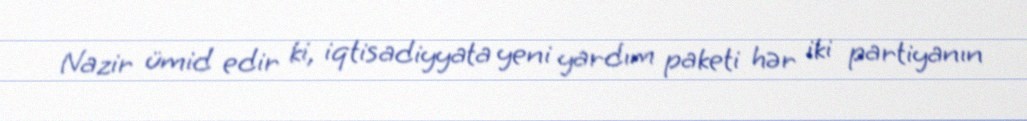
Nazir ümid edir ki, iqtisadiyyata yeni yardım paketi hər iki partiyanın